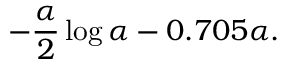
- \frac { \alpha } { 2 } \log \alpha - 0 . 7 0 5 \alpha .